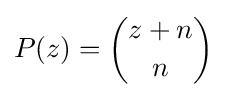
P(z)={\binom {z+n}{n}}